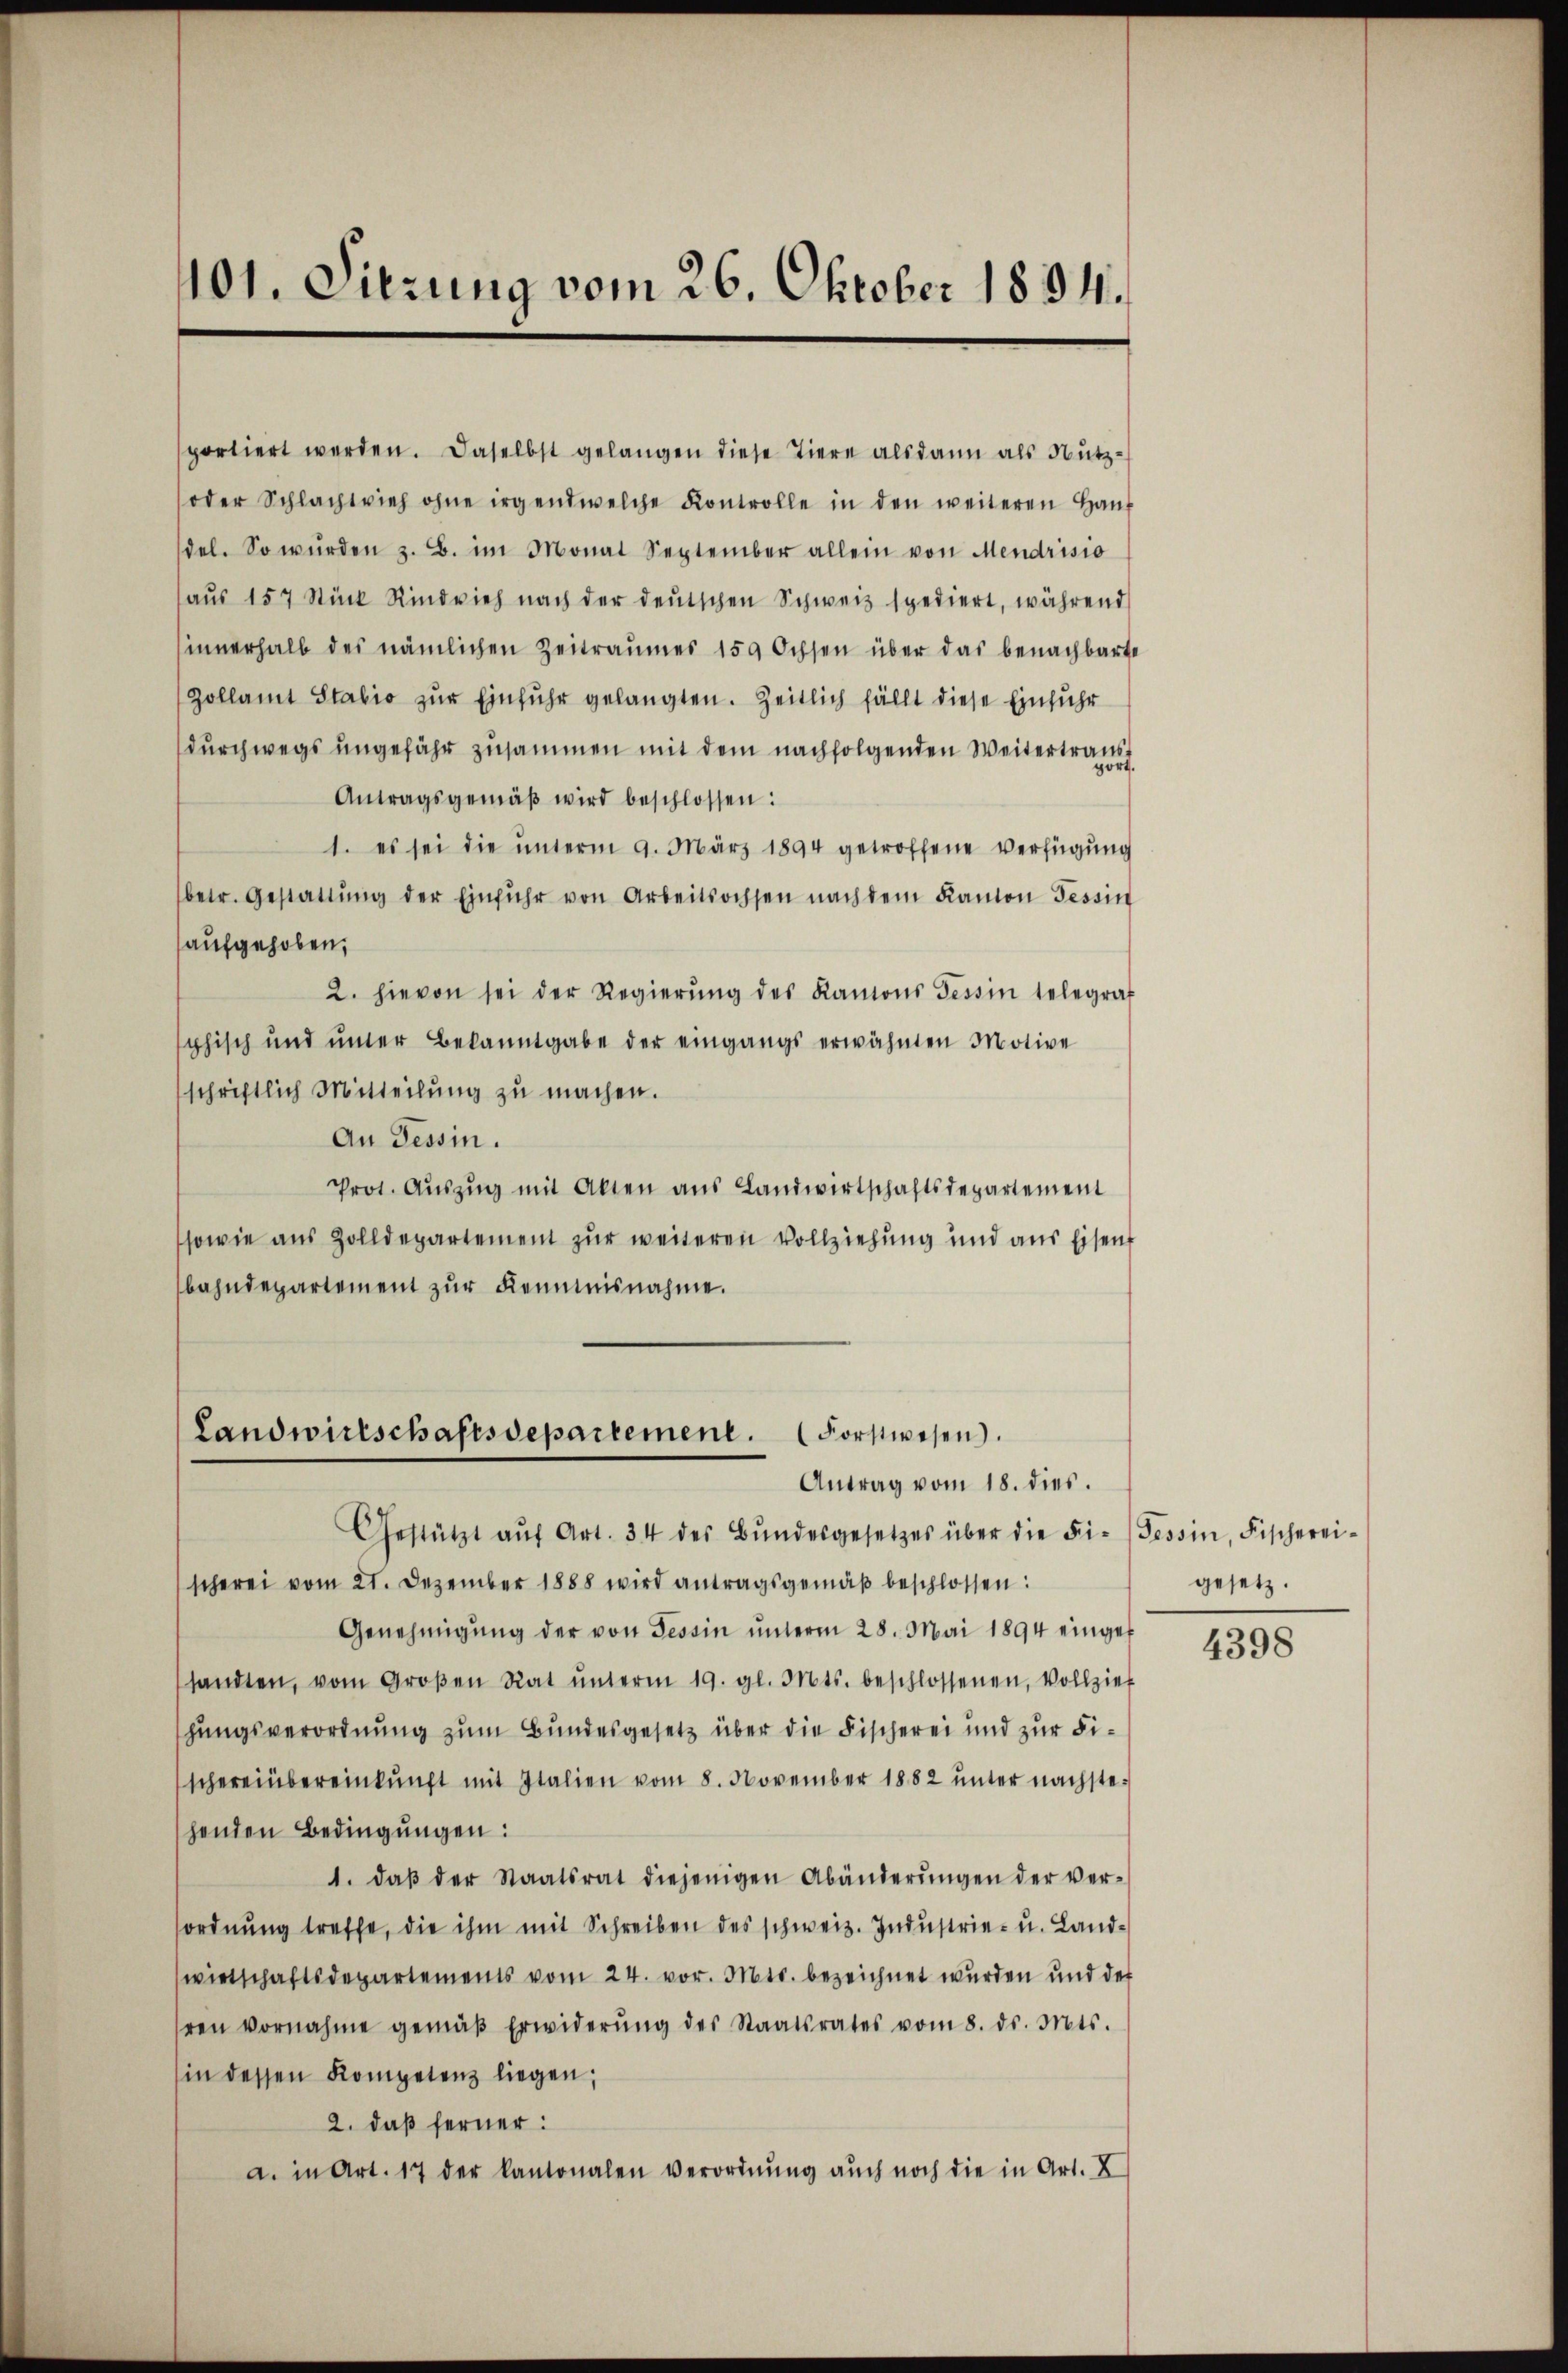
101. Sitzung vom 26. Oktober 1834.

portiert werden. Daselbst gelangen diese Tiere alsdann als Nutz-
oder Schlachtvieh ohne irgendwelche Kontrolle in den weiteren Haŭs
del. So würden z. B. im Monat September allein von Mendrisio
aŭs 157 Stück Rindvieh nach der deŭtschen Schweiz spediert, während
innerhalb des nämlichen Zeitraumes 159 Ochsen über das benachbarte
Zollamt Stabis zŭr Einfuhr gelangten. Zeitlich fällt diese Einfuhr
durchwegs ungefähr zusammen mit dem nachfolgenden Weitertraut
Antragsgemäβ wird beschlossen:
1. es sei die ŭnterm 9. März 1894 getroffene Verfügung
betr. Gestattŭng der Einfuhr von Arbeitsochsen nach dem Kanton Tessin
aufgehoben,
2. hievon sei der Regierŭng des Kantons Tessin telegrat
phisch und unter Bekanntgabe der eingangs erwähnten Motive
schriftlich Mitteilung zu machen.
An Tessin.
Prot. Aŭszŭg mit Akten aus Landwirtschaftsdepartement
sowie aus Zolldepartement zur weiteren Vollziehung und aus Eisent
bahndepartement zur Kenntnisnahme.

Landwirtschaftsdepartement. (Forstwesen.
Antrag vom 18. dies.
Gestützt aŭf Art. 34 des Bŭndesgesetzes über die Fi- (Tessin, Fischerei-

scherei vom 21. Dezember 1888 wird antragsgemäβ beschlossen:
Genehmigŭng der von Tessin ŭnterm 28. Mai 1894 eingef
sandten, vom Großen Rat ŭnterm 19. gl. Mts. beschlossenen, Vollzieh
hungsverordnung zum Bundesgesetz über die Fischerei und zur Fischereinbereinkunft mit Italien vom 8. November 1882 ŭnter nächstehenden Bedingungen:
1. daβ der Staatsrat diejenigen Abänderŭngen der ver-
ordnŭng treffe, die ihm mit Schreiben des schweiz. Industrie- u. Landwirtschaftsdepartements vom 24. vor. Mts. bezeichnet wurden und der
hren vornahme gemäβ Erwiderŭng des Staatsrates vom 8. ds. Mts.
(in dessen Kompetenz liegen;
2. daß ferner:
a. in Art. 17 der kantonalen verordnŭng aŭch noch die in Art. X

gesetz.

4398